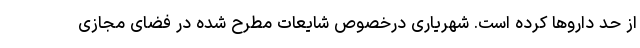
از حد داروها کرده است. شهریاری درخصوص شایعات مطرح‌ شده در فضای مجازی